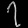
Digit: ၇